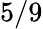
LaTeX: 5/9